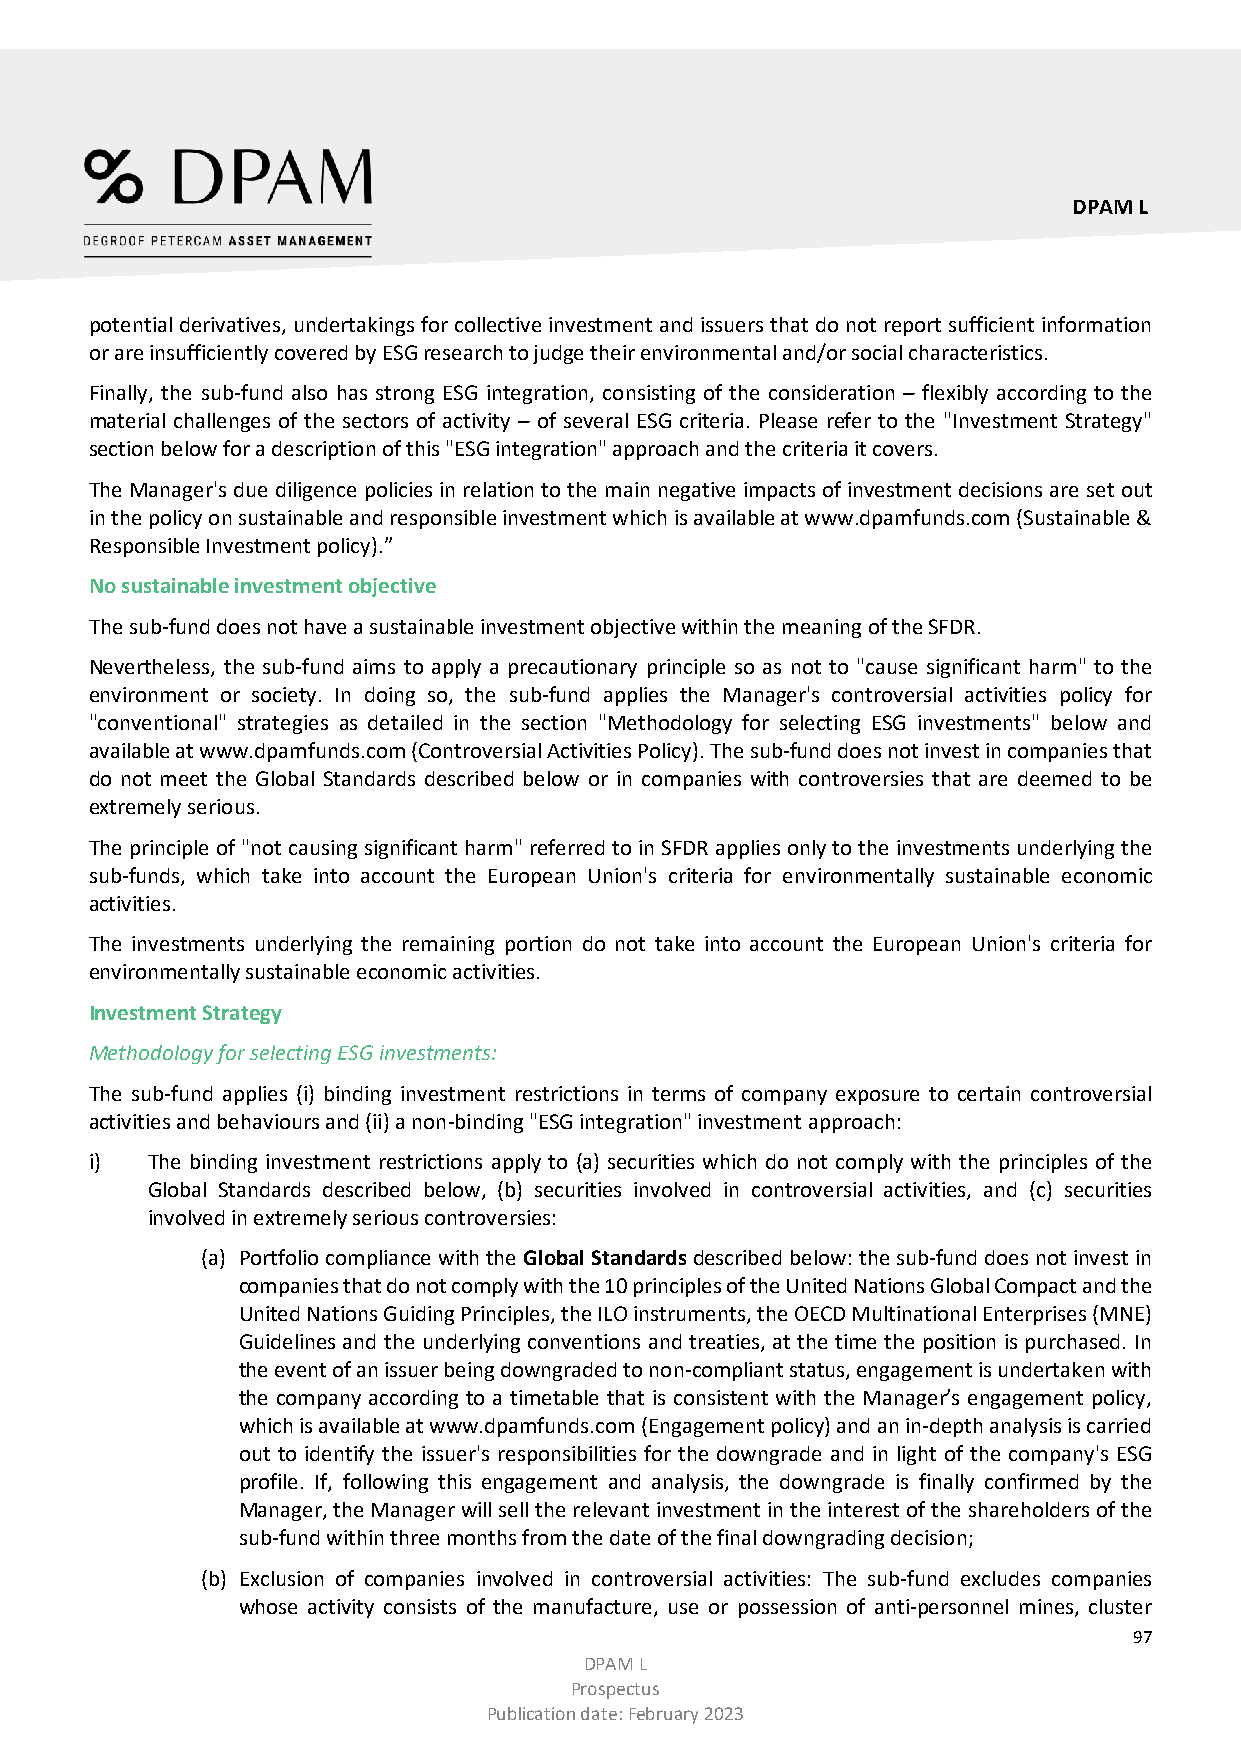
DPAM L
 potential derivatives, undertakings for collective investment and issuers that do not report sufficient information
 or are insufficiently covered by ESG research to judge their environmental and/or social characteristics.
 Finally, the sub-fund also has strong ESG integration, consisting of the consideration – flexibly according to the
 material challenges of the sectors of activity – of several ESG criteria. Please refer to the "Investment Strategy"
 section below for a description of this "ESG integration" approach and the criteria it covers.
 The Manager's due diligence policies in relation to the main negative impacts of investment decisions are set out
 in the policy on sustainable and responsible investment which is available at www.dpamfunds.com (Sustainable &
 Responsible Investment policy).”
 No sustainable investment objective
 The sub-fund does not have a sustainable investment objective within the meaning of the SFDR.
 Nevertheless, the sub-fund aims to apply a precautionary principle so as not to "cause significant harm" to the
 environment or society. In doing so, the sub-fund applies the Manager's controversial activities policy for
 "conventional" strategies as detailed in the section "Methodology for selecting ESG investments" below and
 available at www.dpamfunds.com (Controversial Activities Policy). The sub-fund does not invest in companies that
 do not meet the Global Standards described below or in companies with controversies that are deemed to be
 extremely serious.
 The principle of "not causing significant harm" referred to in SFDR applies only to the investments underlying the
 sub-funds, which take into account the European Union's criteria for environmentally sustainable economic
 activities.
 The investments underlying the remaining portion do not take into account the European Union's criteria for
 environmentally sustainable economic activities.
 Investment Strategy
 Methodology for selecting ESG investments:
 The sub-fund applies (i) binding investment restrictions in terms of company exposure to certain controversial
 activities and behaviours and (ii) a non-binding "ESG integration" investment approach:
 i)  The binding investment restrictions apply to (a) securities which do not comply with the principles of the
 Global Standards described below, (b) securities involved in controversial activities, and (c) securities
 involved in extremely serious controversies:
 (a) Portfolio compliance with the Global Standards described below: the sub-fund does not invest in
 companies that do not comply with the 10 principles of the United Nations Global Compact and the
 United Nations Guiding Principles, the ILO instruments, the OECD Multinational Enterprises (MNE)
 Guidelines and the underlying conventions and treaties, at the time the position is purchased. In
 the event of an issuer being downgraded to non-compliant status, engagement is undertaken with
 the company according to a timetable that is consistent with the Manager’s engagement policy,
 which is available at www.dpamfunds.com (Engagement policy) and an in-depth analysis is carried
 out to identify the issuer's responsibilities for the downgrade and in light of the company's ESG
 profile. If, following this engagement and analysis, the downgrade is finally confirmed by the
 Manager, the Manager will sell the relevant investment in the interest of the shareholders of the
 sub-fund within three months from the date of the final downgrading decision;
 (b) Exclusion of companies involved in controversial activities: The sub-fund excludes companies
 whose activity consists of the manufacture, use or possession of anti-personnel mines, cluster
 97
 DPAM L
 Prospectus
 Publication date: February 2023